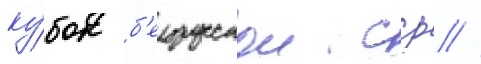
ку́бок б'елорусскои сср //